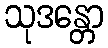
သုဒန္တော